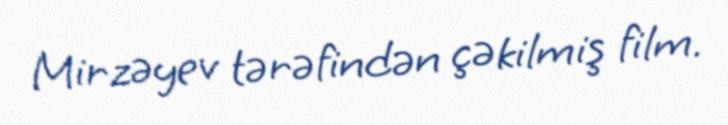
Mirzəyev tərəfindən çəkilmiş film.